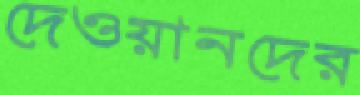
দেওয়ানদের